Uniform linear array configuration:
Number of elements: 4
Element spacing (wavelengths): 0.25
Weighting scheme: kaiser
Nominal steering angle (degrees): -30
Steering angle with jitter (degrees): -30.628
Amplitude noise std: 0.05
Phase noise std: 0.05

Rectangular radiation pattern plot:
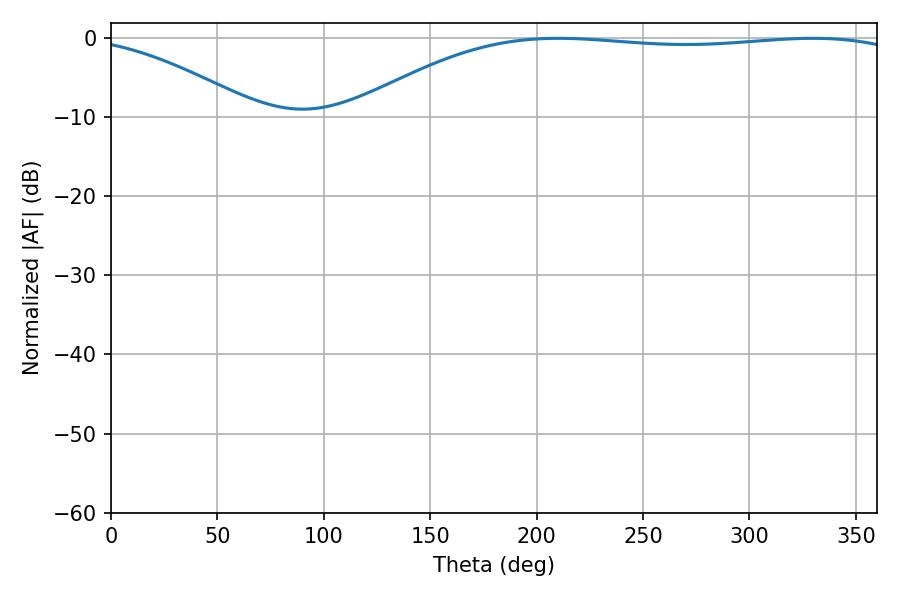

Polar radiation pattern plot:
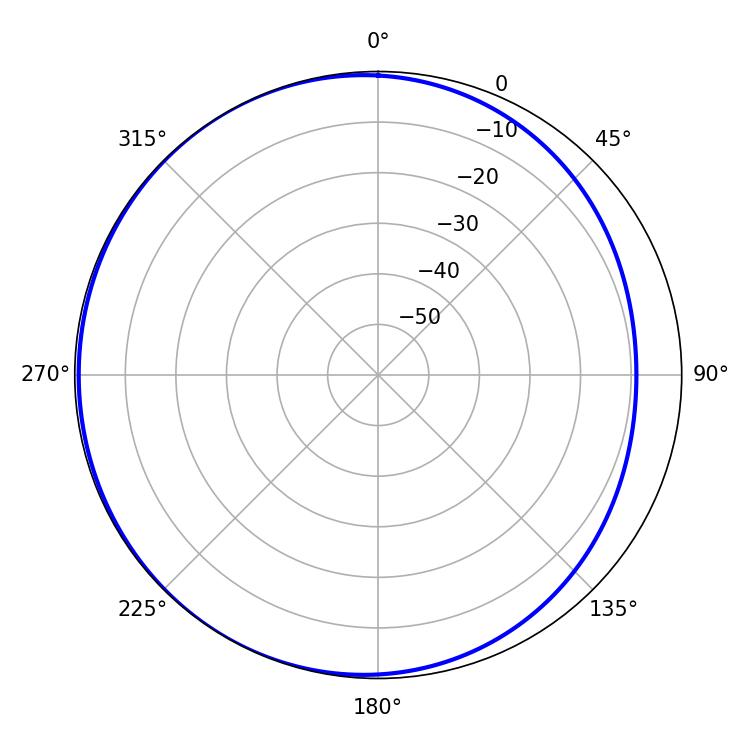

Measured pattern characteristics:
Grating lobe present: FALSE
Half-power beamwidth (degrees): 206.64
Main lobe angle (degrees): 210.06